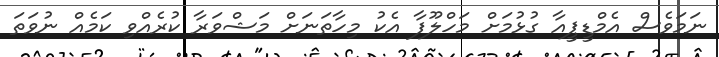
ނަމަވެސް އެމްޑީޕީއާ ގުޅުމަށް މަހްލޫފާ އެކު މިހާތަނަށް މަޝްވަރާ ކުރެއްވި ކަމެއް ނުވަތަ